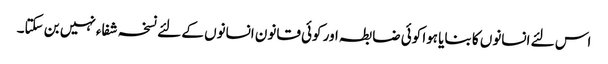
اس لئے انسانوں کا بنایا ہوا کوئی ضابطہ اور کوئی قانون انسانوں کے لئے نسخہ شفاء نہیں بن سکتا۔